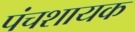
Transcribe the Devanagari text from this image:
पंचशायक